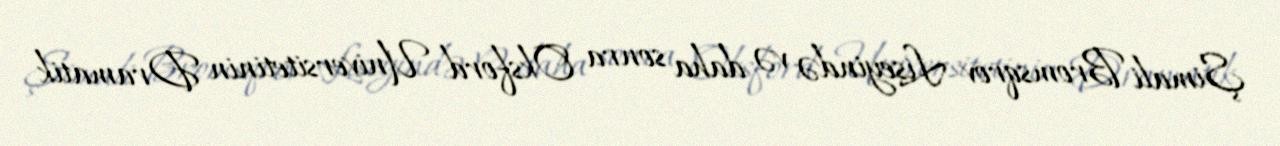
Şimali Bromsqrov Liseyində və daha sonra Oksford Universitetinin Dramatik